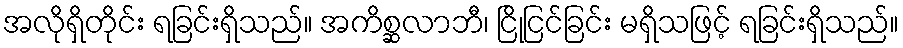
အလိုရှိတိုင်း ရခြင်းရှိသည်။ အကိစ္ဆလာဘီ၊ ငြိုငြင်ခြင်း မရှိသဖြင့် ရခြင်းရှိသည်။